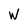
Character: W